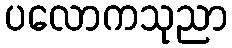
ပလောကသုညာ